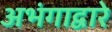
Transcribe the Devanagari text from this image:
अभंगाद्वारे